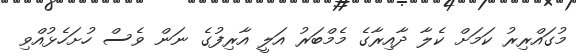
މުގައްރިރު ކަމަށް ކެލާ ދާއިރާގެ މެމްބަރު އަލީ އާރިފުގެ ނަން ވެސް ހުށަހެޅުއްވި